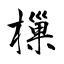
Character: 樔